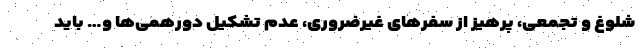
شلوغ و تجمعی، پرهیز از سفرهای غیرضروری، عدم تشکیل دورهمی‌ها و… باید